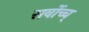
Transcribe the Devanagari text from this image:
सर्वोच्च्